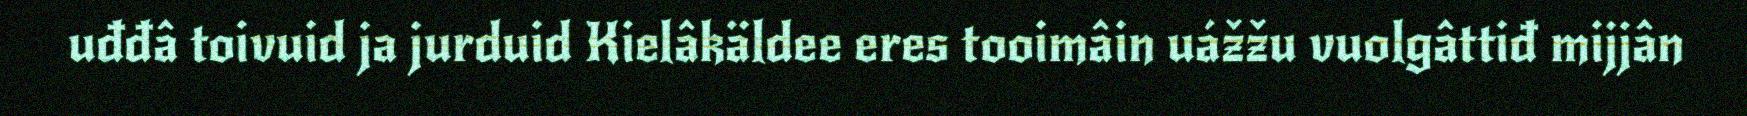
uđđâ toivuid ja jurduid Kielâkäldee eres tooimâin uážžu vuolgâttiđ mijjân